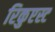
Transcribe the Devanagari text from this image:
रिकुएस्ट